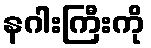
နဂါးကြီးကို